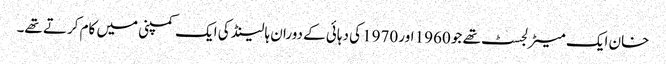
خان ایک میٹرلجسٹ تھے جو 1960 اور 1970 کی دہائی کے دوران ہالینڈ کی ایک کمپنی میں کام کرتے تھے۔